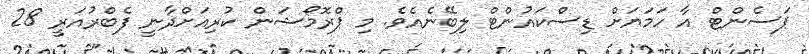
ޕަސެންޓް އާ ހަމަޔަށް ޑިސްކައުންޓް ލިބޭނެއެވެ. މި ޕްރޮމޯޝަން ކުރިއަށްދާނީ ފެބްރުއަރީ 28